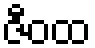
ဇီဝထ